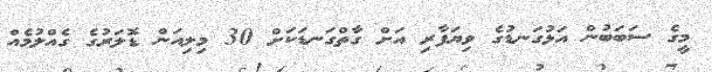
މީގެ ސަބަބުން އަޅުގަނޑުގެ ވިޔަފާރި އަށް ގާތްގަނޑަކަށް 30 މިލިއަން ޑޮލަރުގެ ގެއްލުމެއް